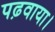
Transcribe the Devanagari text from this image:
पढ़वाया।